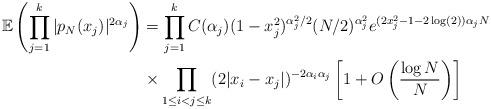
LaTeX: \begin{align*}\mathbb{E}\left(\prod_{j=1}^{k}|p_{N}(x_{j})|^{2\alpha_{j}}\right) &= \prod_{j=1}^{k}C(\alpha_{j})(1-x_{j}^{2})^{\alpha_{j}^{2}/2}(N/2)^{\alpha_{j}^{2}}e^{(2x_{j}^{2}-1-2\log(2))\alpha_{j}N}\\&\times \prod_{1 \leq i < j \leq k}(2|x_{i}-x_{j}|)^{-2\alpha_{i}\alpha_{j}}\left[1+O\left(\frac{\log N}{N}\right)\right] \end{align*}